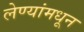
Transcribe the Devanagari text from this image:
लेण्यांमधून